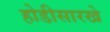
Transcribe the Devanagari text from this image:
होडीसारखे